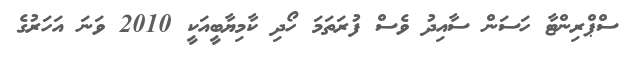
ސްޕްރިންޓާ ހަސަން ސާއިދު ވެސް ފުރަތަމަ ހޯދި ކާމިޔާބީއަކީ 2010 ވަނަ އަހަރުގެ